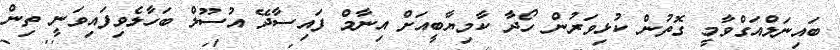
ބައިނަލްއަގްވާމީ ގޮތުން ކުޅިވަރުން ހޯދާ ކާމިޔާބީއަށް އިނާމް ފައިސާދޭ އުސޫލް ބަހާލެވިފައިވަނީ ތިން